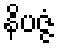
နိပဇ္ဇံ